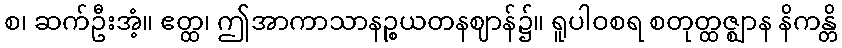
စ၊ ဆက်ဦးအံ့။ ဧတ္ထ၊ ဤအာကာသာနဉ္စယတနဈာန်၌။ ရူပါဝစရ စတုတ္ထဇ္ဈာန နိကန္တိ